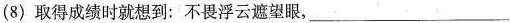
(8) 取得成绩时就想到：不畏浮云遮望眼，___